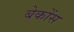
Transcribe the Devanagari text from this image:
बेकोंस